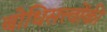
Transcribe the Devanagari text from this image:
बोधिसत्त्‍वोंकी